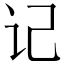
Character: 记